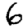
Digit: 6